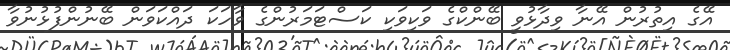
އޭގެ އިތުރުން އޭނާ ވިދާޅުވީ ބޭންކްގެ ވަކިވަކި ކަސްޓަމަރުންގެ ވާހަކަ ދައްކަވަން ބޭނުންފުޅުުނުވާ